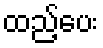
ထည့်ပေး